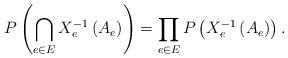
LaTeX: \begin{align*}P\left(\bigcap_{e\in E}X_{e}^{-1}\left(A_{e}\right)\right)=\prod_{e\in E}P\left(X_{e}^{-1}\left(A_{e}\right)\right).\end{align*}